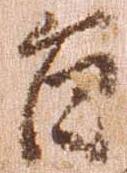
旨